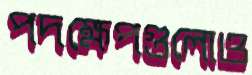
পদক্ষেপগুলোও